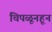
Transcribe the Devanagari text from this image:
चिपळूनहून